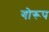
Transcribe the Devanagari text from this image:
गोरूप